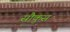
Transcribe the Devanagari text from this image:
सौकुस